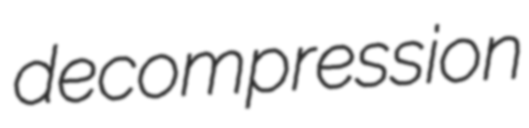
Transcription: decompression